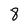
Character: 8